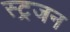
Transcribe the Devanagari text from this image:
स्ट्रजन